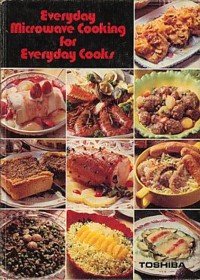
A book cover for Everyday Microwave Cooking For Everyday Cooks; Toshiba with Phyllis Massey; Cookbooks, Food & Wine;